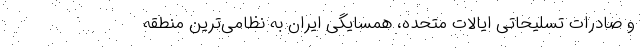
و صادرات تسلیحاتی ایالات متحده، همسایگی ایران به نظامی‌ترین منطقه